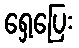
ရှေ့ပြေး